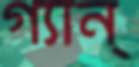
গ্যান্